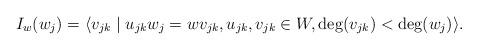
LaTeX: \begin{align*}I_w(w_j) = \langle v_{jk}\mid u_{jk} w_j = w v_{jk}, u_{jk},v_{jk}\in W,\deg(v_{jk}) < \deg(w_j) \rangle.\end{align*}